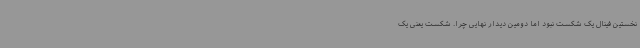
نخستین فینال یک شکست نبود اما دومین دیدار نهایی چرا. شکست یعنی یک